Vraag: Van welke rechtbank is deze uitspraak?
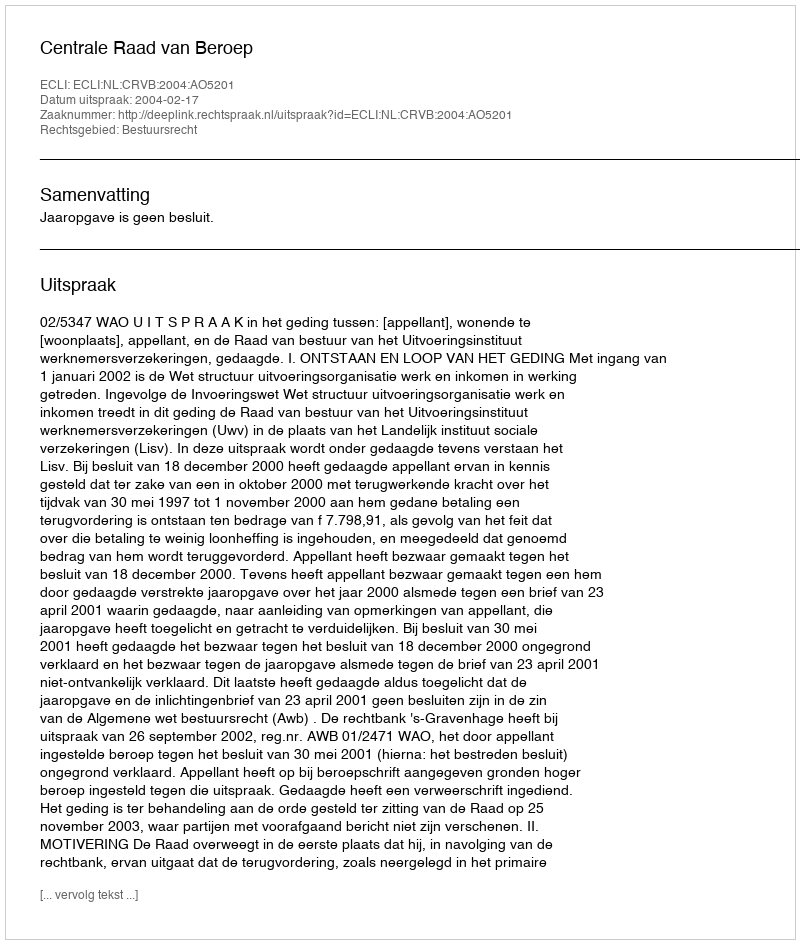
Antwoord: Centrale Raad van Beroep